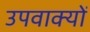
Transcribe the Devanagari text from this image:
उपवाक्यों